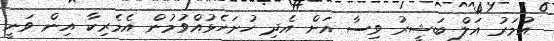
އުމަރު އަލް ބަޝީރު ވިސާ އަށް އެދި ހުށަހެޅުއްވުމުން އެމެރިކާ އިން ވަނީ